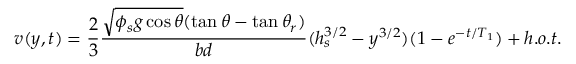
v ( y , t ) = \frac { 2 } { 3 } \frac { \sqrt { \phi _ { s } g \cos { \theta } } ( \tan { \theta } - \tan { \theta _ { r } } ) } { b d } ( h _ { s } ^ { 3 / 2 } - y ^ { 3 / 2 } ) ( 1 - e ^ { - t / T _ { 1 } } ) + h . o . t .